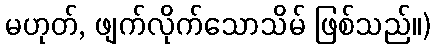
မဟုတ်, ဖျက်လိုက်သောသိမ် ဖြစ်သည်။)